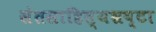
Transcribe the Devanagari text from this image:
संतसाहित्यभ्रष्टा